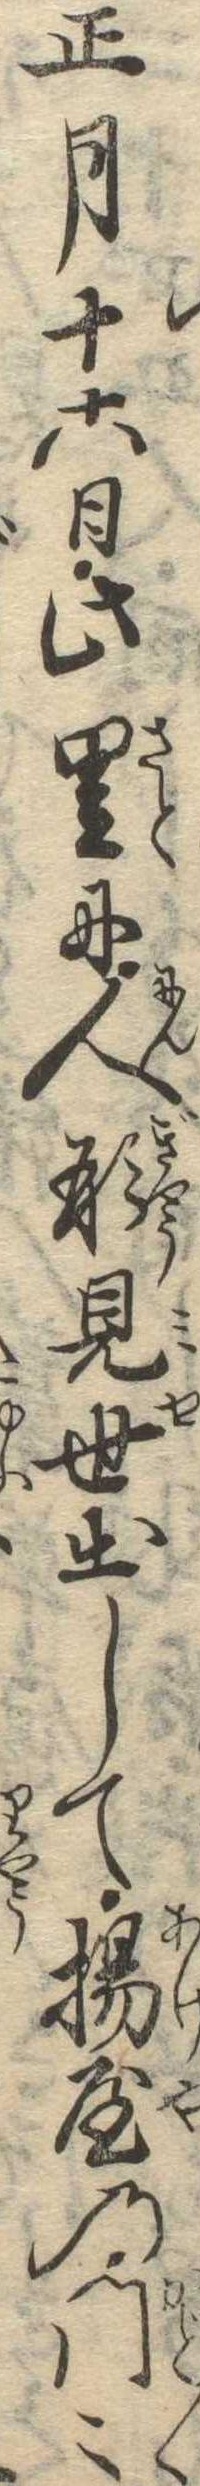
正月十六日此里に人形見世出して揚屋の門〻